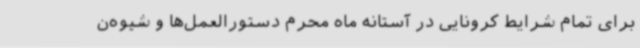
برای تمام شرایط کرونایی در آستانه ماه محرم دستورالعمل‌ها و شیوه‌ن